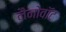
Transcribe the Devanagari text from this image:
नैनोवॉट